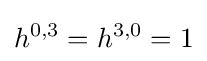
h^{0,3}=h^{3,0}=1